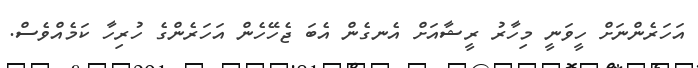
އަހަރެންނަށް ހީވަނީ މިހާރު ރީޝާއަށް އެނގެން އެބަ ޖެހޭހެން އަހަރެންގެ ހުރިހާ ކަމެއްވެސް.